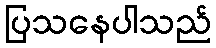
ပြသနေပါသည်